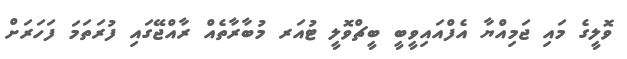
ވޮލީގެ މައި ޖަމިއްޔާ އެފްއައިވީބީ ބީޗްވޮލީ ޓުއަރ މުބާރާތެއް ރާއްޖޭގައި ފުރަތަމަ ފަހަރަށް